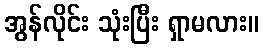
အွန်လိုင်း သုံးပြီး ရှာမလား။